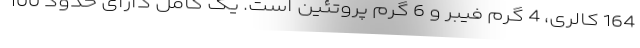
164 کالری، 4 گرم فیبر و 6 گرم پروتئین است. یک کامل دارای حدود 100